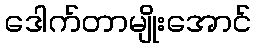
ဒေါက်တာမျိုးအောင်